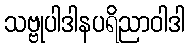
သဗ္ဗုပါဒါနပရိညာဝါဒါ